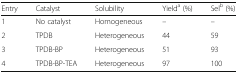
| Entry | Catalyst | Solubility | Yielda (%) | Selb (%) |
 | --- | --- | --- | --- | --- |
 | 1 | No catalyst | Homogeneous | – | – |
 | 2 | TPDB | Heterogeneous | 44 | 59 |
 | 3 | TPDB-BP | Heterogeneous | 51 | 93 |
 | 4 | TPDB-BP-TEA | Heterogeneous | 97 | 100 |